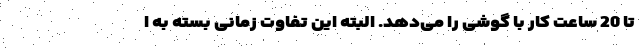
تا 20 ساعت کار با گوشی را می‌دهد. البته این تفاوت زمانی بسته به ا